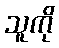
သူကို